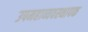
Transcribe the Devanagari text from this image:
उपमहाव्यवस्थापक